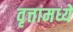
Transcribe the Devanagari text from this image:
वृत्तामध्ये